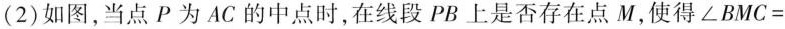
(2)如图，当点P为AC的中点时，在线段PB上是否存在点M，使得\angle BMC=